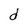
Character: d